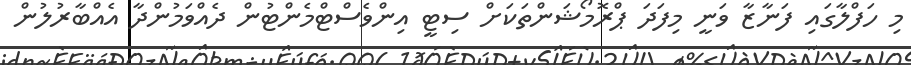
މި ހަފްލާގައި ފަނާޒާ ވަނީ މިފަދަ ޕްރޮމޯޝަންތަކަށް ސިޓީ އިންވެސްޓްމެންޓުން ދެއްވަމުންދާ އެއްބާރުލުން